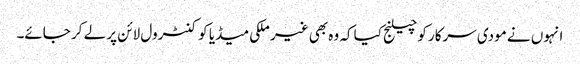
انہوں نے مودی سرکار کو چیلنج کیا کہ وہ بھی غیر ملکی میڈیا کو کنٹرول لائن پر لے کر جائے۔